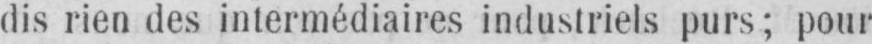
dis rien des intermédiaires industriels purs; pour